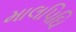
માલપિઘિ